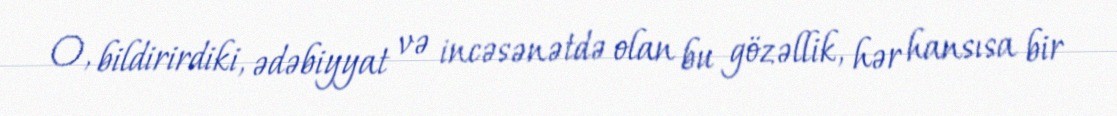
O, bildirirdiki, ədəbiyyat və incəsənətdə olan bu gözəllik, hər hansısa bir